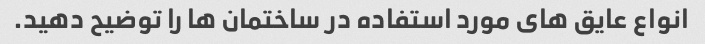
انواع عایق های مورد استفاده در ساختمان ها را توضیح دهید.